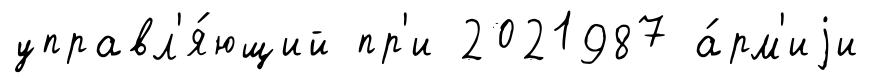
управл'я́ющий пр'и 2021987 а́рм'иjи